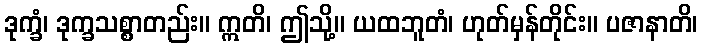
ဒုက္ခံ၊ ဒုက္ခသစ္စာတည်း။ ဣတိ၊ ဤသို့။ ယထဘူတံ၊ ဟုတ်မှန်တိုင်း။ ပဇာနာတိ၊